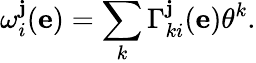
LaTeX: \omega_{i}^{\mathbf{j}}(\mathbf{{e}})=\sum_{k}\Gamma_{ki}^{\mathbf{j}}(\mathbf{{e}})\theta^{k}.